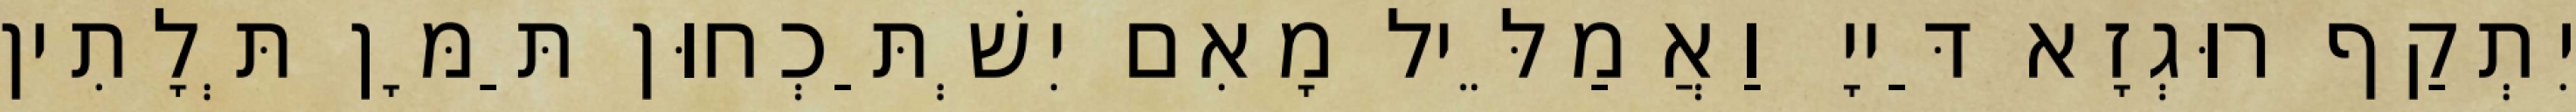
יִתְקַף רוּגְזָא דַּייָ וַאֲמַלֵּיל מָאִם יִשְׁתַּכְחוּן תַּמָּן תְּלָתִין